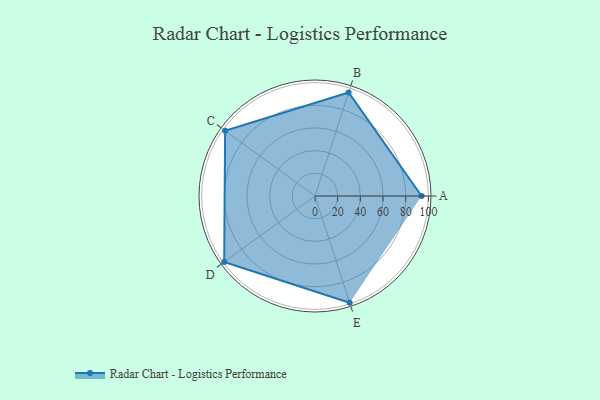
{"axis": {"x": "Skill", "y": "Score"}, "legend": ["Profile"], "data": [{"x": "A", "y": 94.0, "type": "Profile"}, {"x": "B", "y": 96.0, "type": "Profile"}, {"x": "C", "y": 98.0, "type": "Profile"}, {"x": "D", "y": 99.0, "type": "Profile"}, {"x": "E", "y": 99, "type": "Profile"}]}